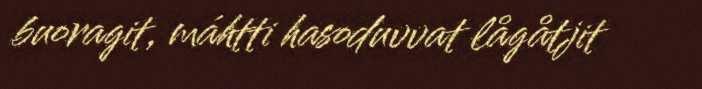
buoragit, máhtti hasoduvvat lågåtjit